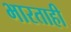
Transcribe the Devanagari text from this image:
भारताही